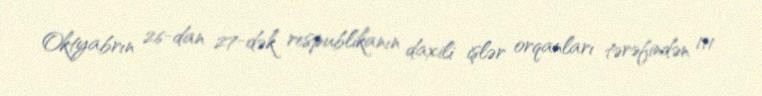
Oktyabrın 26-dan 27-dək respublikanın daxili işlər orqanları tərəfindən 111